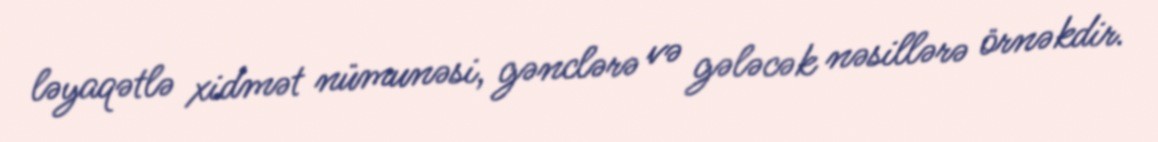
ləyaqətlə xidmət nümunəsi, gənclərə və gələcək nəsillərə örnəkdir.